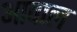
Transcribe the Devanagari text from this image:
आवाल